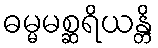
ဓမ္မမစ္ဆရိယန္တိ